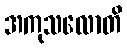
အကုသလောတိ